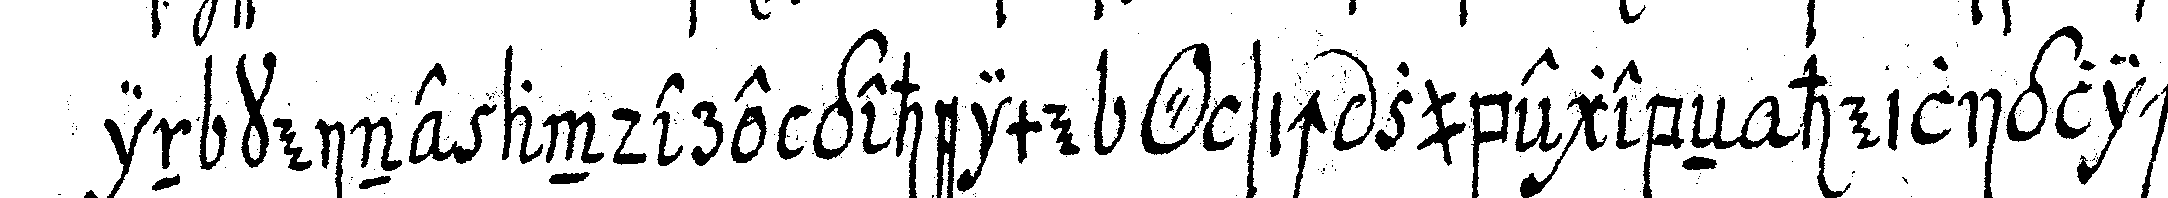
in keine andere geheime *o* sich zubegebeN heiliglich